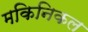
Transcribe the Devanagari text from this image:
मकिनिकल